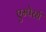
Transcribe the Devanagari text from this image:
एम्पेरर्स